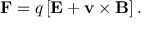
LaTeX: \mathbf { F } = q \left[ \mathbf { E } + \mathbf { v } \times \mathbf { B } \right] .